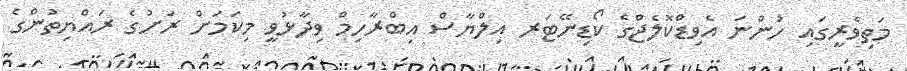
މަތިވެރީގައި ހުންނަ އެވިޑްކޮލެޖްގެ ކޯޑިނޭޓަރ އިލްޔާސް އިބްރާހިމް ވިދާޅުވީ މިކަމަށް ރަށުގެ ރައްޔިތުންގެ